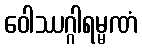
ဝေါဿဂ္ဂါရမ္မဏံ